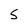
Character: 5